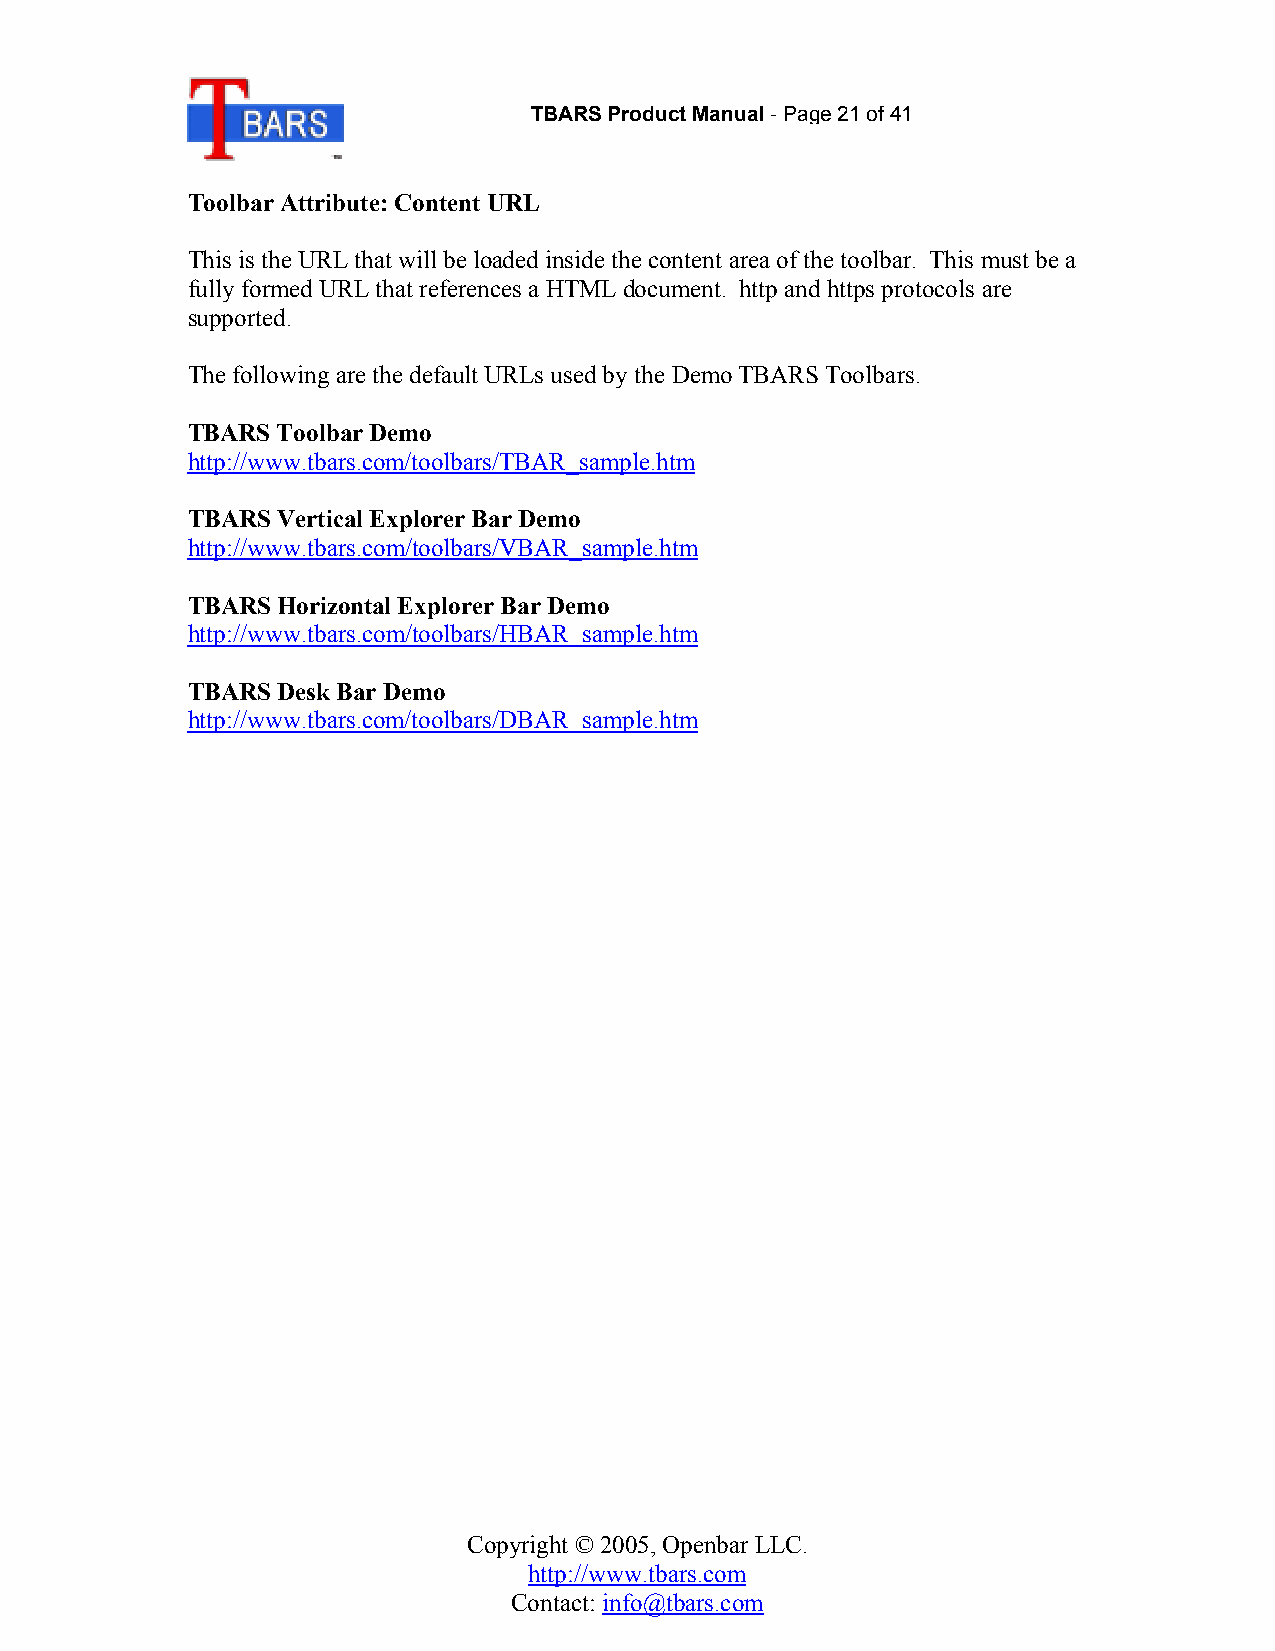
TBARS Product Manual-Page 21of 41
 Toolbar Attribute: Content URL
 This is the URL that will be loaded inside the content area of the toolbar. This must be a
 fully formed URL that references a HTML document. http and https protocols are
 supported.
 The following are the default URLs used by the Demo TBARS Toolbars.
 TBARS Toolbar Demo
 http://www.tbars.com/toolbars/TBAR_sample.htm
 TBARS Vertical Explorer Bar Demo
 http://www.tbars.com/toolbars/VBAR_sample.htm
 TBARS Horizontal Explorer Bar Demo
 http://www.tbars.com/toolbars/HBAR_sample.htm
 TBARS Desk Bar Demo
 http://www.tbars.com/toolbars/DBAR_sample.htm
 Copyright © 2005, Openbar LLC.
 http://www.tbars.com
 Contact: info@tbars.com